Scottish Leaving Certificate Examination, 1955
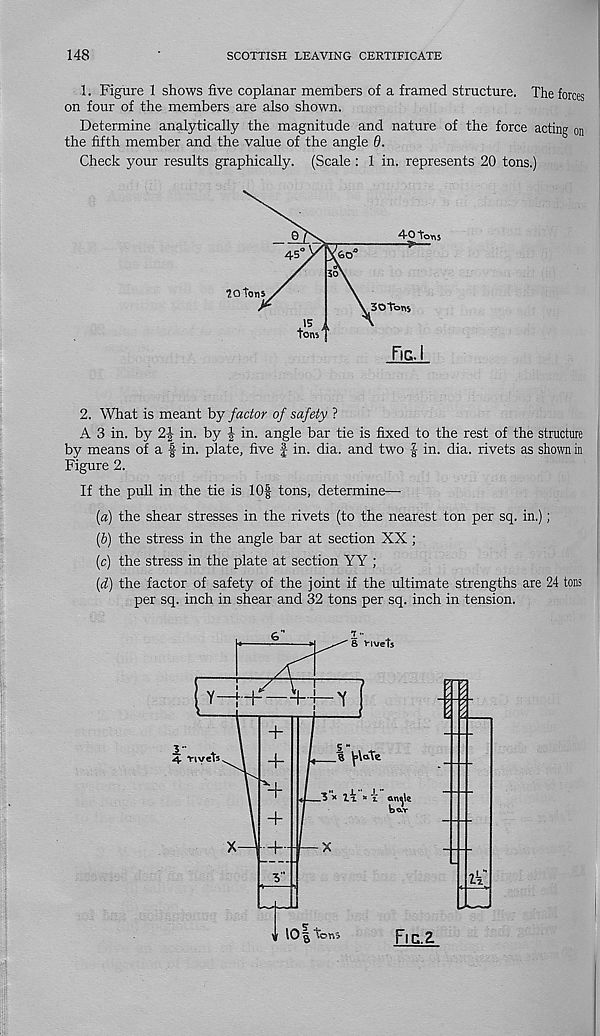
148
SCOTTISH LEAVING CERTIFICATE
1. Figure 1 shows five coplanar members of a framed structure. The forces
on four of the members are also shown.
Determine analytically the magnitude and nature of the force acting on
the fifth member and the value of the angle 6.
Check your results graphically. (Scale : 1 in. represents 20 tons.)
40 tons
45
60
30 Tons
tons
Fig.
7.0 tons
2. What is meant by factor of safety ?
A 3 in. by 2| in. by J in. angle bar tie is fixed to the rest of the structure
by means of a f in. plate, five f in. dia. and two | in. dia. rivets as shown in
Figure 2.
If the pull in the tie is 10f tons, determine—
(а) the shear stresses in the rivets (to the nearest ton per sq. in.);
(б) the stress in the angle bar at section XX ;
(c) the stress in the plate at section YY ;
[d) the factor of safety of the joint if the ultimate strengths are 24 tons
per sq. inch in shear and 32 tons per sq. inch in tension.
8 ViveTs
Y—j—r—-1—]—'f
+
3-
8 ^\ate
“rivets
4-
+
v
3 * ZtL * z.
b©.v
10 $ tons
Fic.Z